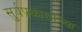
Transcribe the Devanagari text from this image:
सुर्यप्रकाशाच्या